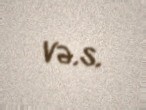
və.s.